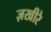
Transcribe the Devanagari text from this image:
ज़खीरे